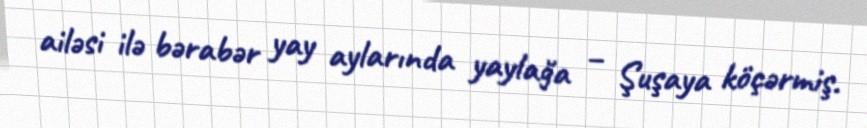
ailəsi ilə bərabər yay aylarında yaylağa – Şuşaya köçərmiş.